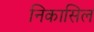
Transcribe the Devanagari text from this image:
निकासिल